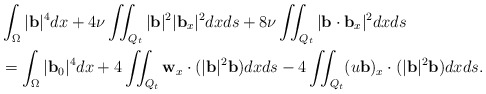
\begin{align*}&\int_\Omega|\mathbf{b}|^4dx+4\nu\iint_{Q_t}|\mathbf{b}|^2|\mathbf{b}_x|^2dxds+8\nu\iint_{Q_t}|\mathbf{b}\cdot \mathbf{b}_x|^2dxds\\&=\int_\Omega|\mathbf{b}_0|^4dx+4\iint_{Q_t} \mathbf{w}_x \cdot(|\mathbf{b}|^2\mathbf{b})dxds-4\iint_{Q_t} (u \mathbf{b})_x\cdot(|\mathbf{b}|^2\mathbf{b})dxds.\\\end{align*}